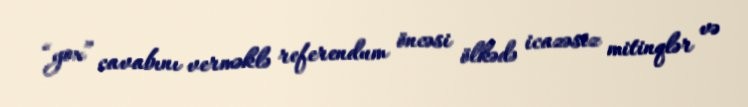
“yox” cavabını verməklə referendum öncəsi ölkədə icazəsiz mitinqlər və